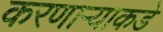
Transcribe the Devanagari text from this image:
करणाऱ्याकडे